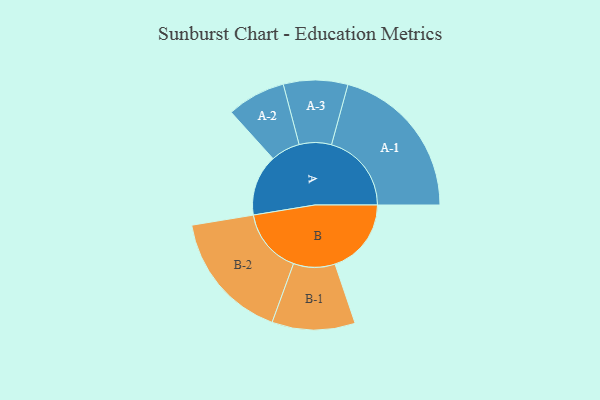
{"axis": {"x": "Segment", "y": "Value"}, "legend": ["", "A", "B"], "data": [{"x": "A", "y": 215, "type": ""}, {"x": "B", "y": 268, "type": ""}, {"x": "A-1", "y": 281, "type": "A"}, {"x": "A-2", "y": 103, "type": "A"}, {"x": "A-3", "y": 113, "type": "A"}, {"x": "B-1", "y": 146, "type": "B"}, {"x": "B-2", "y": 228, "type": "B"}]}